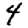
Digit: 4